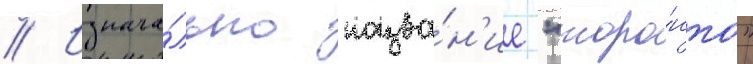
// Изнача́льно назва́н'ие "торо́нто"